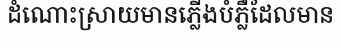
ដំណោះស្រាយមានភ្លើងបំភ្លឺដែលមាន